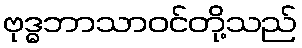
ဗုဒ္ဓဘာသာဝင်တို့သည်